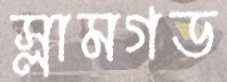
স্লামগড